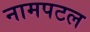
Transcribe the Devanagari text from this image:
नामपटल